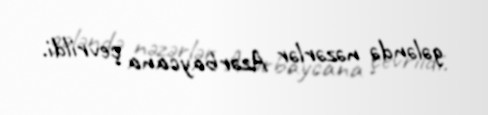
gələndə nəzərlər Azərbaycana çevrildi.